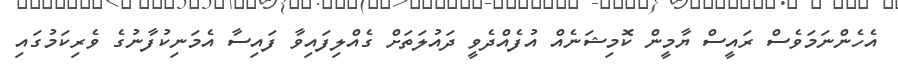
އެހެންނަމަވެސް ރައީސް ޔާމީން ކޮމިޝަނެއް އުފެއްދެވީ ދައުލަތަށް ގެއްލިފައިވާ ފައިސާ އެމަނިކުފާނުގެ ވެރިކަމުގައި